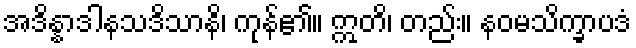
အဒိန္နာဒါနသဒိသာနိ၊ ကုန်၏။ ဣတိ၊ တည်း။ နဝမသိက္ခာပဒံ